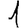
Digit: 1